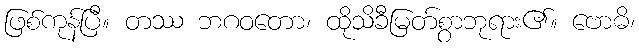
ဖြစ်ကုန်ပြီ။ တဿ ဘဂဝတော၊ ထိုသိခီမြတ်စွာဘုရား၏။ ဗောဓိ၊